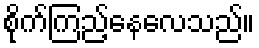
စိုက်ကြည့်နေလေသည်။